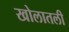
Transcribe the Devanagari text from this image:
खोलातली